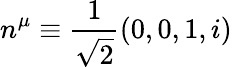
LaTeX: n^{\mu}\equiv\frac{1}{\sqrt{2}}(0,0,1,i)